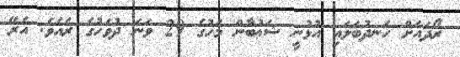
ރޯދައަށް ހަނދުބަލައި އުޅުނީ ޝަޢުބާން މަހުގެ 29 ވަނަ ދުވަހުގެ ރެއެވެ. އެރޭ